DOW-UAP-D3, Mission Report, Arabian Gulf, 2020
Agency: Department of War
Page 2
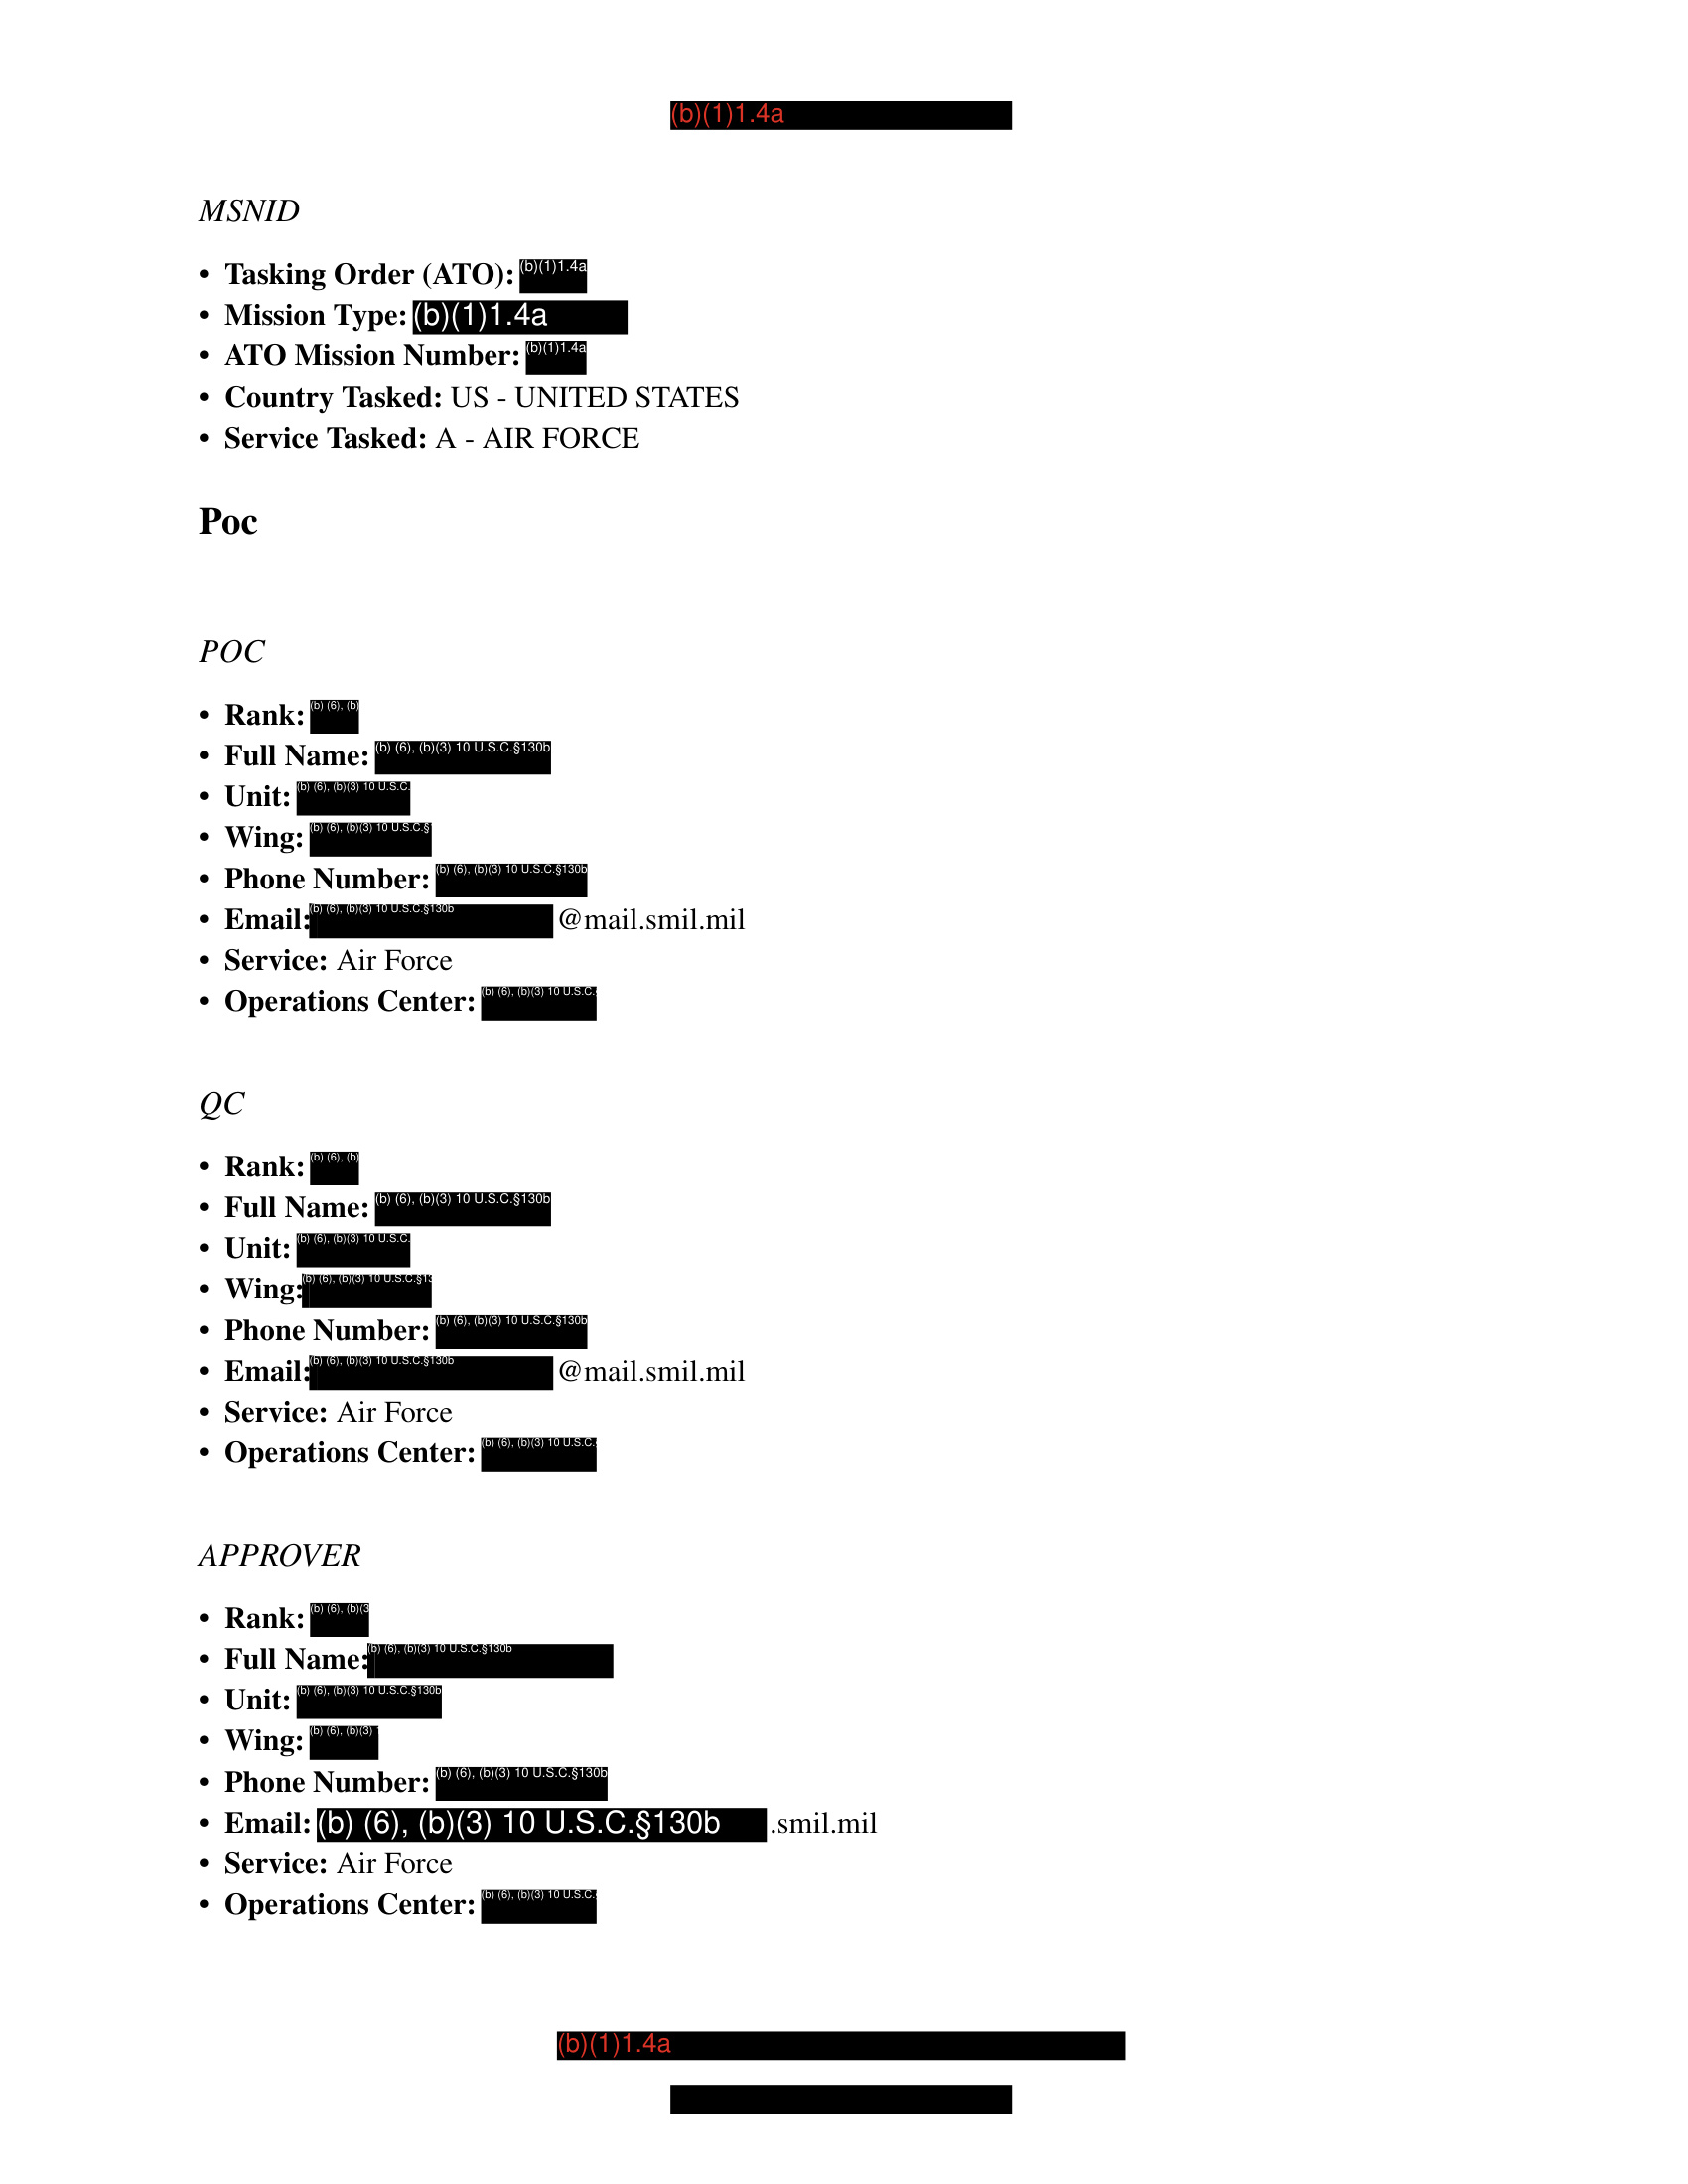